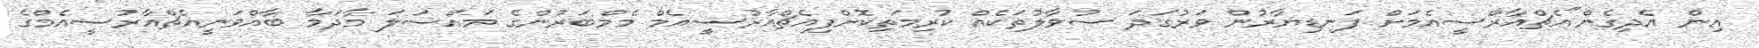
އިން އެދިގެން"އެޗްއާރްސީއެމަށް ފަނޑިޔާރުން ވަރުގަދަ ސުވާލުތަކެއް ކުރިމަތިކޮށްފިއެޗްއާރުސީއެމް މެމްބަރުންގެ މައްސަލަ މާދަމާ ބާއްވަނީއެޗްއާރުސީއެމްގެ